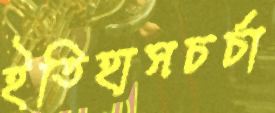
ইতিহাসচর্চা